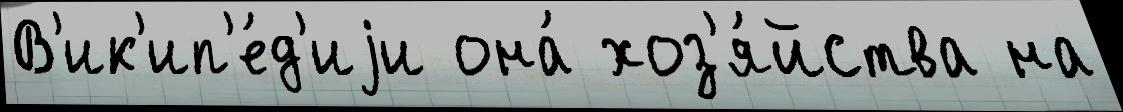
В'ик'ип'е́д'иjи она́ хоз'я́йства на